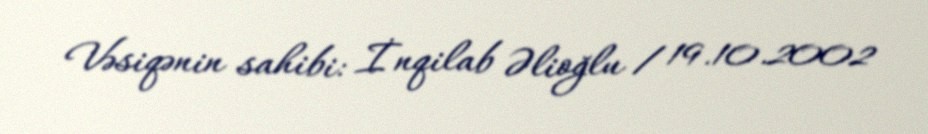
Vəsiqənin sahibi: İnqilab Əlioğlu / 19.10.2002